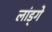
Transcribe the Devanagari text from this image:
लांड्गे